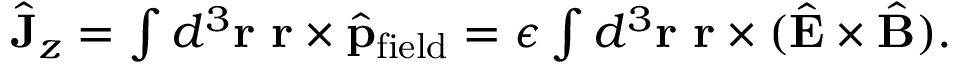
\begin{array} { r } { \hat { \bf J } _ { z } = \int d ^ { 3 } { \bf r } \ { \bf r } \times \hat { \bf p } _ { \mathrm { f i e l d } } = \epsilon \int d ^ { 3 } { \bf r } \ { \bf r } \times ( \hat { \bf E } \times \hat { \bf B } ) . } \end{array}